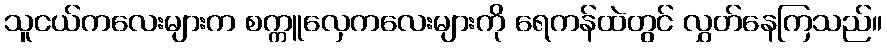
သူငယ်ကလေးများက စက္ကူလှေကလေးများကို ရေကန်ထဲတွင် လွှတ်နေကြသည်။